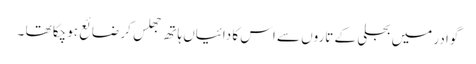
گوادر میں بجلی کے تاروں سے اس کا دائیاں ہاتھ جھلس کر ضائع ہوچکا تھا ۔